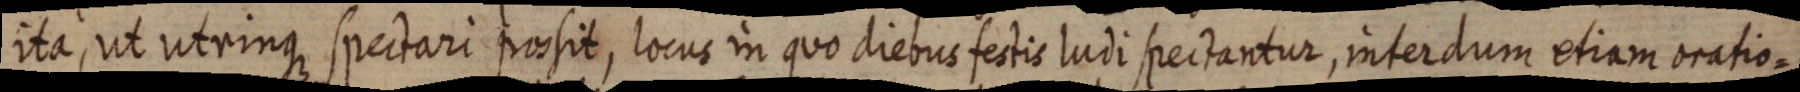
ita, ut utrinque spectari possit, locur in quo diebus festis ludi spectantur, interdum etiam oratio